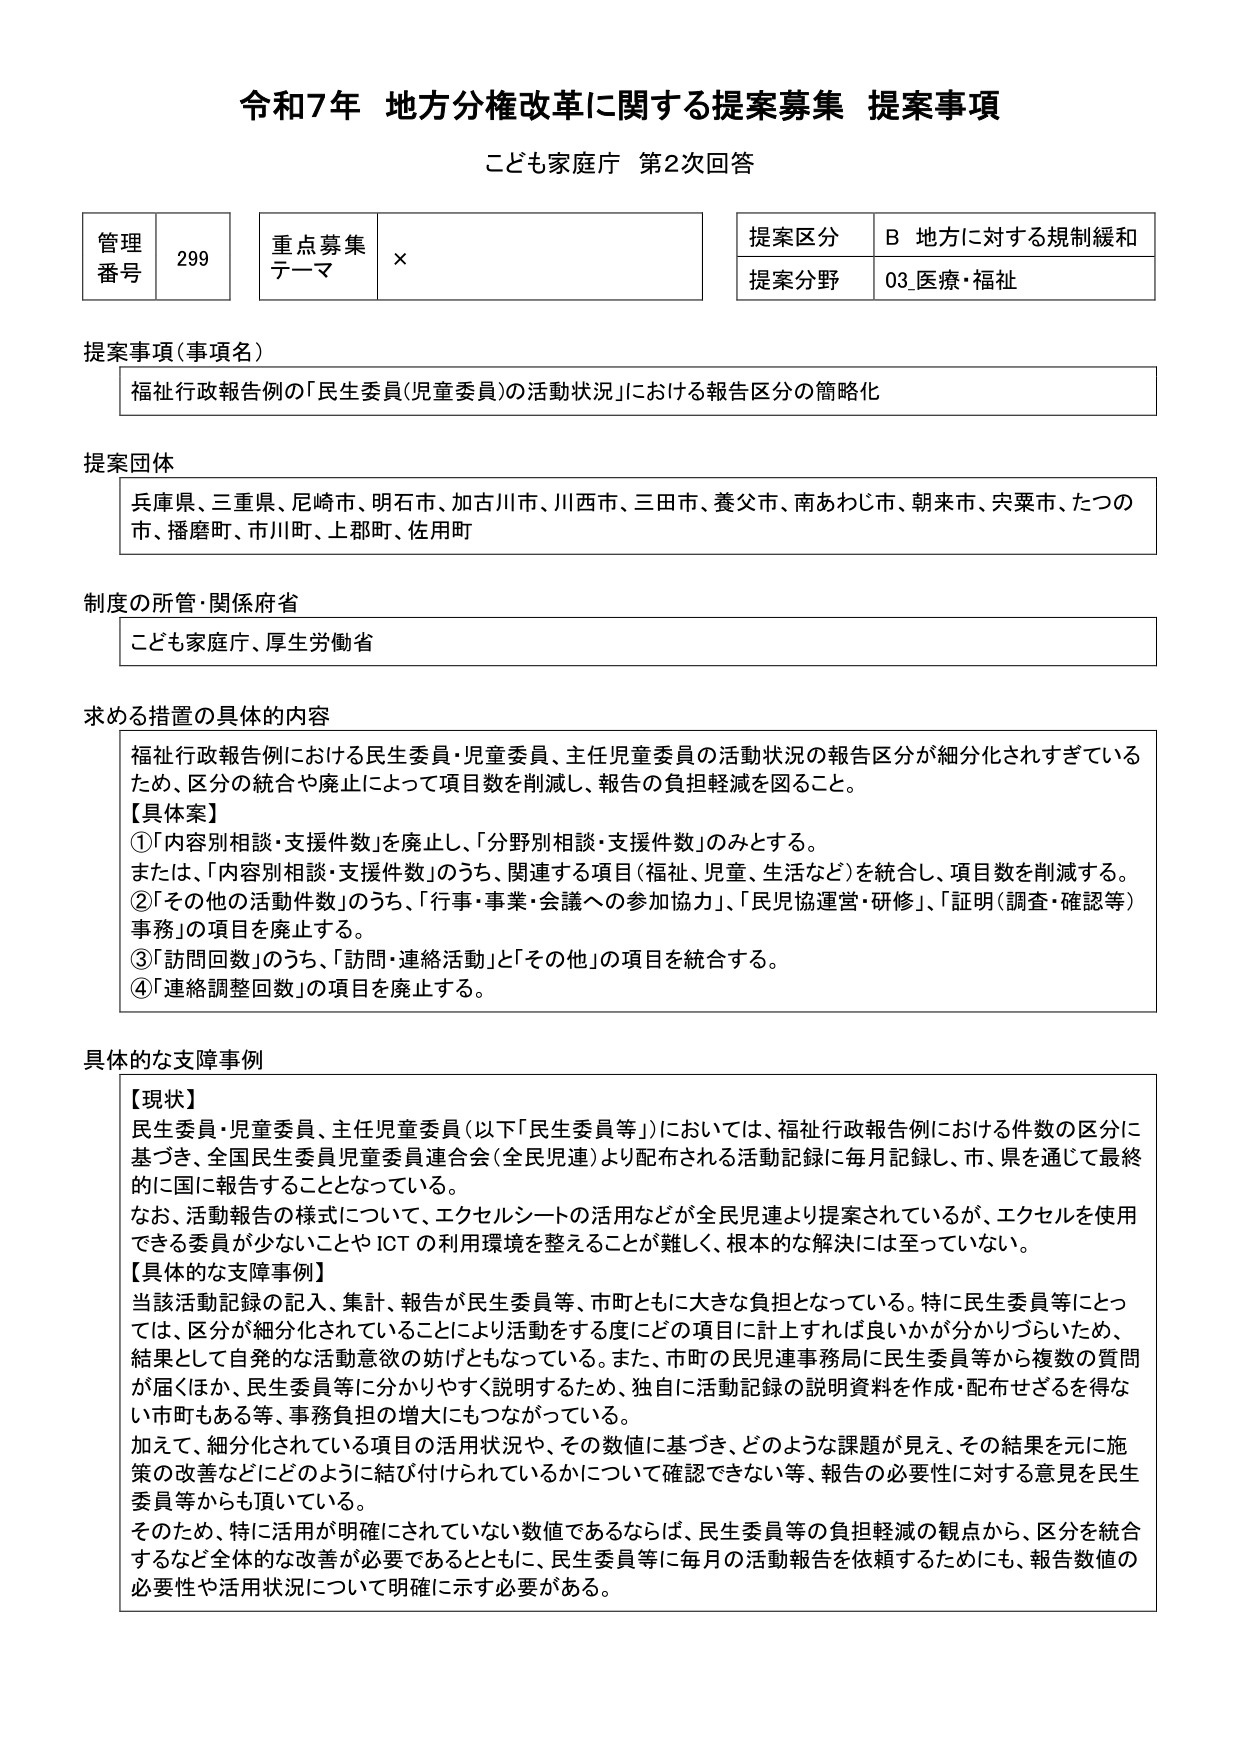
令和7年 地方分権改革に関する提案募集 提案事項
こども家庭庁 第2次回答

管理番号 299
重点募集テーマ ×
提案区分 B 地方に対する規制緩和
提案分野 03_医療・福祉

提案事項（事項名）
福祉行政報告例の「民生委員（児童委員）の活動状況」における報告区分の簡略化

提案団体
兵庫県、三重県、尼崎市、明石市、加古川市、川西市、三田市、養父市、南あわじ市、朝来市、宍粟市、たつの市、播磨町、市川町、上郡町、佐用町

制度の所管・関係府省
こども家庭庁、厚生労働省

求める措置の具体的内容
福祉行政報告例における民生委員・児童委員、主任児童委員の活動状況の報告区分が細分化されすぎているため、区分の統合や廃止によって項目数を削減し、報告の負担軽減を図ること。
【具体案】
①「内容別相談・支援件数」を廃止し、「分野別相談・支援件数」のみとする。
または、「内容別相談・支援件数」のうち、関連する項目（福祉、児童、生活など）を統合し、項目数を削減する。
②「その他の活動件数」のうち、「行事・事業・会議への参加協力」、「民児協運営・研修」、「証明（調査・確認等）事務」の項目を廃止する。
③「訪問回数」のうち、「訪問・連絡活動」と「その他」の項目を統合する。
④「連絡調整回数」の項目を廃止する。

具体的な支障事例
【現状】
民生委員・児童委員、主任児童委員（以下「民生委員等」）においては、福祉行政報告例における件数の区分に基づき、全国民生委員児童委員連合会（全民児連）より配布される活動記録に毎月記録し、市・県を通じて最終的に国に報告することとなっている。
なお、活動報告の様式について、エクセルシートの活用などが全民児連より提案されているが、エクセルを使用できる委員が少ないことやICTの利用環境を整えることが難しく、根本的な解決には至っていない。
【具体的な支障事例】
当該活動記録の記入、集計、報告が民生委員等、市町ともに大きな負担となっている。特に民生委員等にとっては、区分が細分化されていることにより活動をする度にどの項目に計上すれば良いかが分かりづらいため、結果として自発的な活動意欲の妨げともなっている。また、市町の民児連事務局に民生委員等から複数の質問が届くほか、民生委員等に分かりやすく説明するため、独自に活動記録の説明資料を作成・配布せざるを得ない市町もある等、事務負担の増大にもつながっている。
加えて、細分化されている項目の活用状況や、その数値に基づき、どのような課題が見え、その結果を元に施策の改善などにどのように結び付けられているかについて確認できない等、報告の必要性に対する意見を民生委員等からも頂いている。
そのため、特に活用が明確にされていない数値であるならば、民生委員等の負担軽減の観点から、区分を統合するなど全体的な改善が必要であるとともに、民生委員等に毎月の活動報告を依頼するためにも、報告数値の必要性や活用状況について明確に示す必要がある。